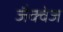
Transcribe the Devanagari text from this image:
जैक्वेज